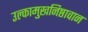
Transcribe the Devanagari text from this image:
उल्कामुखनिष्ठावान